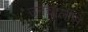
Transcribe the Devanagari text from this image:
उनचालीस